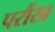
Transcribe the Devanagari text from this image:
परौंख